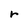
Character: r